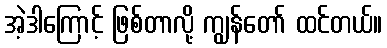
အဲ့ဒါကြောင့် ဖြစ်တာလို့ ကျွန်တော် ထင်တယ်။